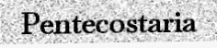
Pentecostaria